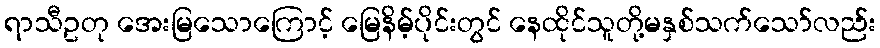
ရာသီဥတု အေးမြသောကြောင့် မြေနိမ့်ပိုင်းတွင် နေထိုင်သူတို့မနှစ်သက်သော်လည်း